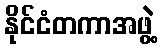
နိုင်ငံတကာအဖွဲ့